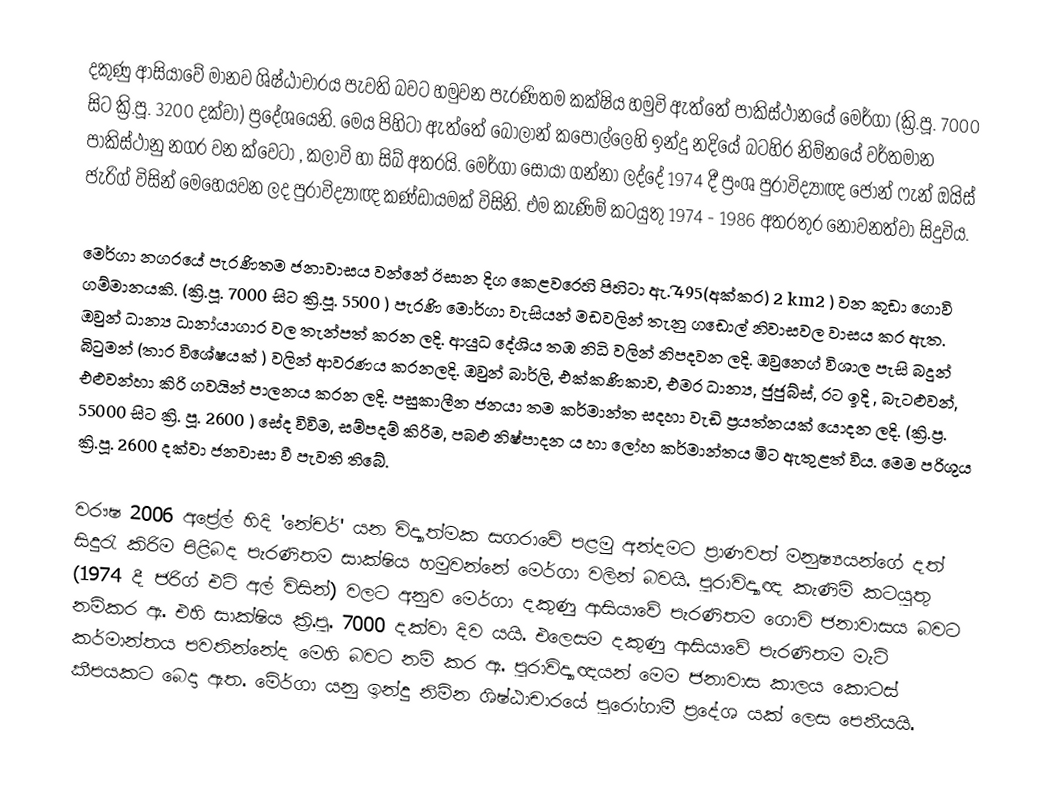
දකුණු ආසියාවේ මානව ශිෂ්ඨාචාරය පැවති බවට හමුවන පැරණිතම ‍කක්ෂිය හමුවි ඇත්තේ පාකිස්ථානයේ මෙර්ගා (ක්‍රි.පූ.  7000 සිට ක්‍රි.පූ. 3200 දක්වා) ප්‍රදේශයෙනි. මෙය පිහිටා ඇත්‍තේ බොලාන් කපොල්ලෙහි ඉන්දු නදියේ බටහිර නිම්නයේ වර්තමාන පාකිස්ථානු නගර වන ක්වෙටා , කලාවි හා සිබ් අතරයි. මෙර්ගා සොයා ගන්නා ලද්දේ 1974 දී ප්‍රංශ පුරාවිද්‍යාඥ ජෝන් ෆැන් ඔයිස් ජැරිග් විසින් මෙහෙයවන ලද පුරාවිද්‍යාඥ කණ්ඩායමක් විසිනි. එම කැණිම් කටයුතු 1974 - 1986 අතරතුර නොවනත්වා සිදුවිය.

මෙර්ගා නග‍රයේ  පැරණිතම ජනාවාසය වන්නේ ඊසාන දිග කෙළවරෙහි පිහිටා ඇ. ි495(අක්කර) 2 km2  ) වන කුඩා ගොවි ගම්මානයකි. (ක්‍රි.පූ. 7000 සිට ක්‍රි.පූ. 5500 ) පැරණි මොර්ගා වැසියන්  මඩවලින් තැනු ගඩොල් නිවාසවල වාසය කර ඇත. ඔවුන් ධාන්‍ය ධානා්‍යාගාර වල තැන්පත් කරන ලදි. ආයුධ දේශිය තඹ  නිධි වලින් නිපදවන ලදි. ඔවුන‍්ගේ  විශාල පැසි බදුන් බිටුමන් (තාර විශේෂයක් ) වලින් ආවරණය කරනලදි. ඔවුන් බාර්ලි, එක්කණිකාව, එමර ධාන්‍ය, ජුජුබ්ස්, රට ඉදි , බැටළුවන්, එළුවන්හා කිරි ගවයින් පාලනය කරන ලදි. පසුකාලීන ජනයා තම කර්මාන්ත සදහා වැඩි ප්‍රයත්නයක් යොදන ලදි. (ක්‍රි.ප්‍ර. 55000 සිට ක්‍රි. පූ. 2600 ) සේද විවිම, සම්පදම් කිරිම, පබළු නිෂ්පාදන ය හා ලෝහ කර්මාන්තය මිට ඇතුළත් විය. මෙම පරිශුය ක්‍රි.පූ. 2600 දක්වා ජනවාසා වී පැවති තිබේ.

වරෟෂ 2006 අප්‍රේල් හිදි 'නේචර්' යන විද්‍යාත්මක සගරාවේ පළමු අන්දමට ප්‍රාණවත් මනුෂ්‍යයන්ගේ දත් සිදුරැ කිරිම පිළිබද  පැරණිතම සාක්ෂිය හමුවන්නේ මෙර්ගා වලින් බවයි. පුරාවිද්‍යාඥ කැණිම් කටයුතු (1974 දී ජරිග් එට් අල් විසින්)  වලට අනුව මෙර්ගා දකුණු ආසියාවේ පැරණිතම ගොවි ජනාවාසය බවට නම්කර ඇ. එහි සාක්ෂිය ක්‍රි.පු. 7000 දක්වා දිව යයි.  ‍එලෙසම දකුණු ආසියාවේ පැරණිතම මැටි කර්මාන්තය පවතින‍්නේද මෙහි බවට නම් කර ඇ. පුරාවිද්‍යාඥයන් මෙම ජනාවාස කාලය කොටස් කීපයකට බෙදා ඇත. මේර්ගා යනු ඉන්දු නිම්න ශිෂ්ඨාචාරයේ පුරෝගාමී ප්‍රදේශ යක් ලෙස පෙනීයයි.